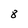
Character: 8